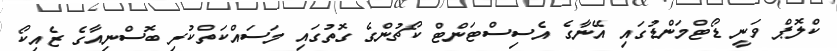
ކްލޮޕް ވަނީ ޑޯޓްމަންޑުގައި އޭނާގެ އެސިސްޓަންޓް ކޯޗުންގެ ގޮތުގައި މަސައްކަތްކުރި ބޮސްނިއާގެ ޒެއިކޯ